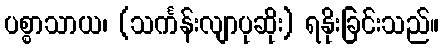
ပစ္စာသာယ၊ (သင်္ကန်းလျာပုဆိုး) ရနိုးခြင်းသည်။